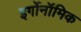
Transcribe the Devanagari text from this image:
इर्गोनॉमिक